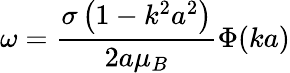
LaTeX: \omega={\frac{\sigma\left(1-k^{2}a^{2}\right)}{2a\mu_{B}}}\Phi(ka)